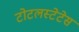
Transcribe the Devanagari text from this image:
टोटलस्टेटेस